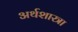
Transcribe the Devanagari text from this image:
अर्थशास्त्रा